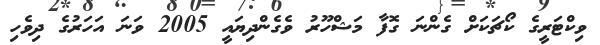
ވިކްޓަރީގެ ކޯޗަކަށް ގެންނަ ގޮފާ މަޝްހޫރު ވެގެންދިޔައީ 2005 ވަނަ އަހަރުގެ ދިވެހި